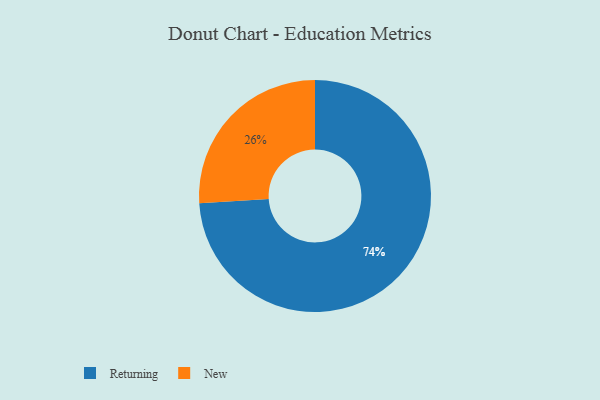
{"axis": {"x": "Category", "y": "Percentage"}, "legend": ["New", "Returning"], "data": [{"x": "New", "y": 26, "type": "New"}, {"x": "Returning", "y": 74, "type": "Returning"}]}